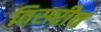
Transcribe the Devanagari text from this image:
तिसरीच